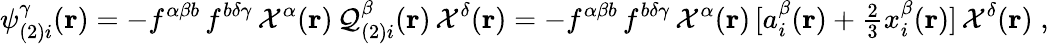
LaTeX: \psi_{(2)i}^{\gamma}({\mathbf{r}})=-f^{\alpha\beta b}\, f^{b\delta\gamma}\, {\cal{X}}^{\alpha}({\mathbf{r}})\, {\cal{Q}}_{(2)i}^{\beta}({\mathbf{r}})\, {\cal{X}}^{\delta}({\mathbf{r}})=-f^{\alpha\beta b}\, f^{b\delta\gamma}\, {\cal{X}}^{\alpha}({\mathbf{r}})\, [a_{i}^{\beta}({\mathbf{r}})+{\textstyle\frac{2}{3}}x_{i}^{\beta}({\mathbf{r}})]\, {\cal{X}}^{\delta}({\mathbf{r}})\; ,